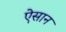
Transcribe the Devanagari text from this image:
ऐसान